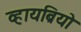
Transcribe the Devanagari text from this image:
व्हायब्रियो